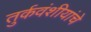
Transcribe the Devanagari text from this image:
तुर्कवंशीयांचे